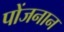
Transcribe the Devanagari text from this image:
पोंजनान